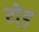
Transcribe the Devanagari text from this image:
रो्ड़